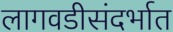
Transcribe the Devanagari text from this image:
लागवडीसंदर्भात